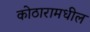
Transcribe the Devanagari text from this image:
कोठारामधील